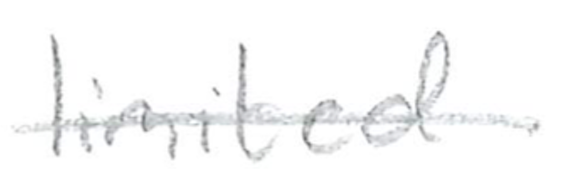
Text: limited
Cross-out: mix
Writing tool: pencil